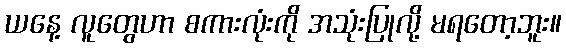
ယနေ့ လူတွေဟာ စကားလုံးကို အသုံးပြုလို့ မရတော့ဘူး။